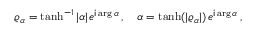
\varrho _ { \alpha } = \operatorname { t a n h } ^ { - 1 } \vert \alpha \vert \, e ^ { \mathsf { i } \arg \alpha } \, , \quad \alpha = \operatorname { t a n h } ( \vert \varrho _ { \alpha } \vert ) \, e ^ { \mathsf { i } \arg \alpha } \, ,